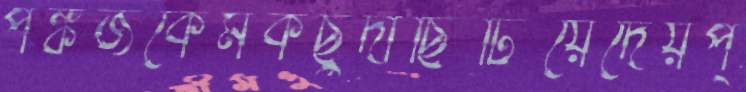
পঙ্কজকেমকছুদাছিটিয়েদেয়প্